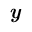
\textit { \textbf { y } }